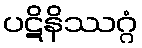
ပဋိနိဿဂ္ဂံ